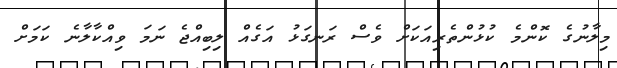
މިލާނުގެ ކޮންމެ ކުޅުންތެރިއަކަށް ވެސް ރަނގަޅު އަގެއް ލިބިއްޖެ ނަމަ ވިއްކާލާނެ ކަމަށް